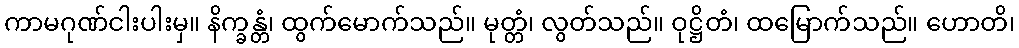
ကာမဂုဏ်ငါးပါးမှ။ နိက္ခန္တံ၊ ထွက်မောက်သည်။ မုတ္တံ၊ လွတ်သည်။ ဝုဋ္ဌိတံ၊ ထမြောက်သည်။ ဟောတိ၊